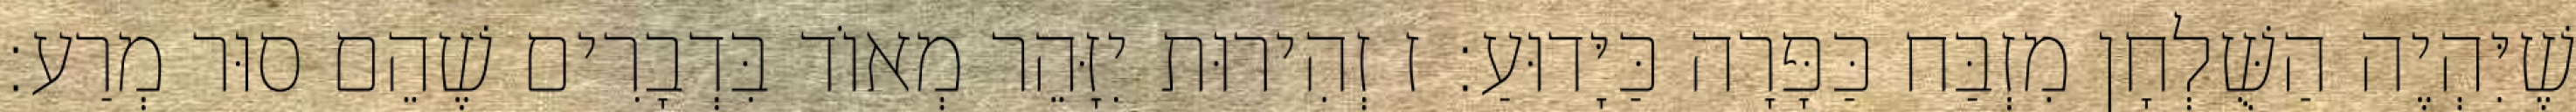
שֶׁיִּהְיֶה הַשֻּׁלְחָן מִזְבַּח כַּפָּרָה כַּיָּדוּעַ: ז זְהִירוּת יִזָּהֵר מְאוֹד בִּדְבָרִים שֶׁהֵם סוּר מְרַע: